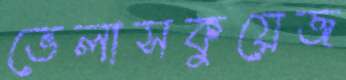
ভেলাসকুয়েজ